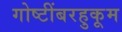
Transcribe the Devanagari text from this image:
गोष्टींबरहुकूम